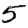
Digit: 5